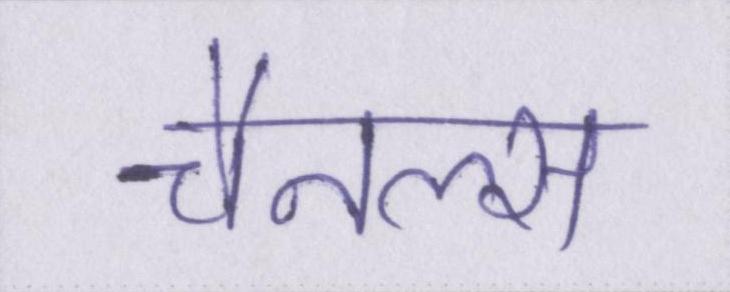
चैनल्स